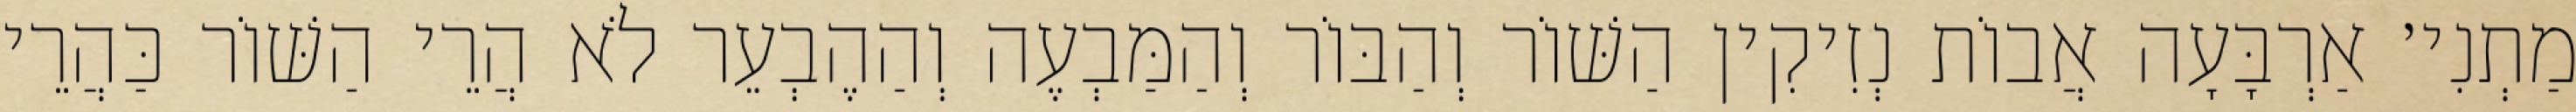
מַתְנִי׳ אַרְבָּעָה אֲבוֹת נְזִיקִין הַשּׁוֹר וְהַבּוֹר וְהַמַּבְעֶה וְהַהֶבְעֵר לֹא הֲרֵי הַשּׁוֹר כַּהֲרֵי